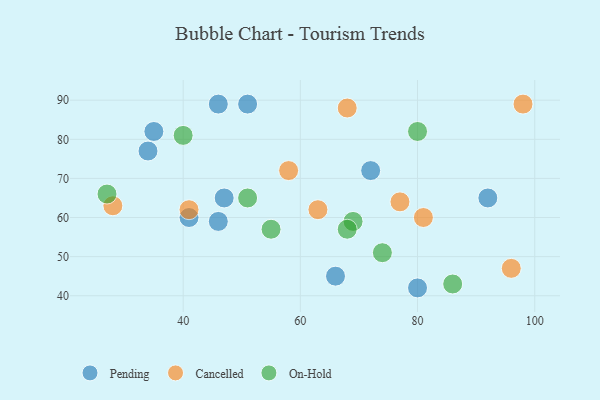
{"axis": {"x": "GDP", "y": "Life Expectancy"}, "legend": ["Cancelled", "On-Hold", "Pending"], "data": [{"x": "47", "y": 65, "type": "Pending"}, {"x": "66", "y": 45, "type": "Pending"}, {"x": "46", "y": 89, "type": "Pending"}, {"x": "46", "y": 59, "type": "Pending"}, {"x": "51", "y": 89, "type": "Pending"}, {"x": "35", "y": 82, "type": "Pending"}, {"x": "92", "y": 65, "type": "Pending"}, {"x": "34", "y": 77, "type": "Pending"}, {"x": "41", "y": 60, "type": "Pending"}, {"x": "80", "y": 42, "type": "Pending"}, {"x": "72", "y": 72, "type": "Pending"}, {"x": "28", "y": 63, "type": "Cancelled"}, {"x": "68", "y": 88, "type": "Cancelled"}, {"x": "41", "y": 62, "type": "Cancelled"}, {"x": "63", "y": 62, "type": "Cancelled"}, {"x": "96", "y": 47, "type": "Cancelled"}, {"x": "81", "y": 60, "type": "Cancelled"}, {"x": "98", "y": 89, "type": "Cancelled"}, {"x": "58", "y": 72, "type": "Cancelled"}, {"x": "77", "y": 64, "type": "Cancelled"}, {"x": "40", "y": 81, "type": "On-Hold"}, {"x": "55", "y": 57, "type": "On-Hold"}, {"x": "86", "y": 43, "type": "On-Hold"}, {"x": "27", "y": 66, "type": "On-Hold"}, {"x": "74", "y": 51, "type": "On-Hold"}, {"x": "69", "y": 59, "type": "On-Hold"}, {"x": "51", "y": 65, "type": "On-Hold"}, {"x": "68", "y": 57, "type": "On-Hold"}, {"x": "80", "y": 82, "type": "On-Hold"}]}